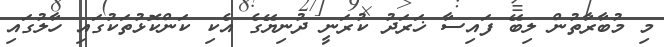
މި މުބާރާތުން ލިބޭ ފައިސާ ޚަރަދު ކުރަނީ ދުނިޔޭގެ އެކި ކަންކޮޅުތަކުގައި ހާލުގައި